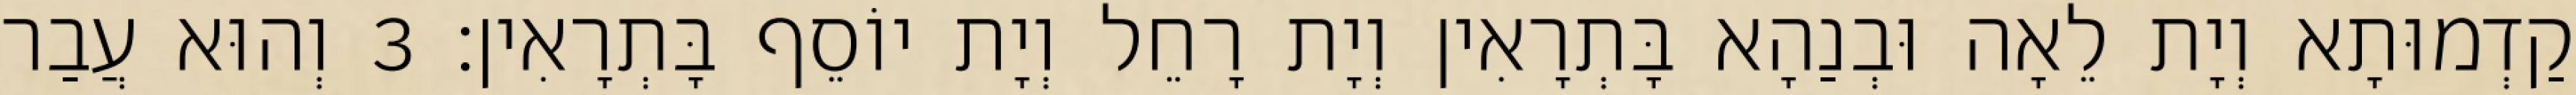
קַדְמוּתָא וְיָת לֵאָה וּבְנַהָא בָּתְרָאִין וְיָת רָחֵל וְיָת יוֹסֵף בָּתְרָאִין׃ 3 וְהוּא עֲבַר